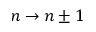
n \rightarrow n \pm 1